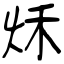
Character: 秌